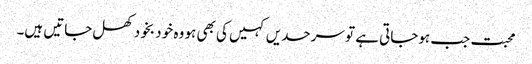
محبت جب ہوجاتی ہے تو سرحدیں کہیں کی بھی ہو وہ خو د بخود کھل جاتیں ہیں۔